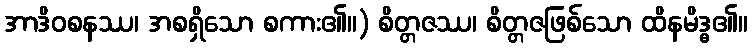
အာဒိဝစနဿ၊ အစရှိသော စကား၏။) စိတ္တဇဿ၊ စိတ္တဇဖြစ်သော ထိနမိဒ္ဓ၏။